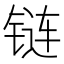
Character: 链